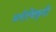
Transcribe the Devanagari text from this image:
मनोविकृती